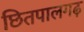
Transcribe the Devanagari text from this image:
छितपालगढ़